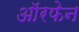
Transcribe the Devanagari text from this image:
ऑरफेन